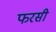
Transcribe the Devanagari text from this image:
फरसी